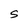
Character: S